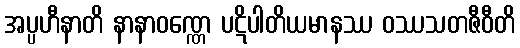
အပ္ပဟီနာတိ နာနာဝဏ္ဏေ ပဋိပါတိယမာနဿ ဝဿသတဇီဝီတိ